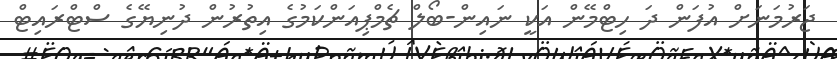
ޖަރުމަނަށް އުފަން ދަ ހިޓްމޭން އަކީ ނައިން-ބޯލް ޗެމްޕިއަންކަމުގެ އިތުރުން ދުނިޔޭގެ ސްޓްރައިޓް